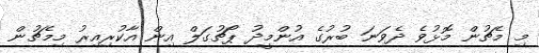
މި މެޗުން މޮޅުވެ ދެވަނަ ބުރުގެ އުންމީދު ޕޯޗުގަލް އިން އާކުރިއިރު މިމެޗުން